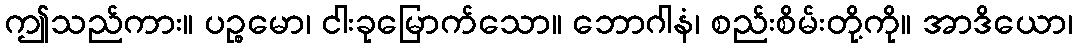
ဤသည်ကား။ ပဉ္စမော၊ ငါးခုမြောက်သော။ ဘောဂါနံ၊ စည်းစိမ်းတို့ကို။ အာဒိယော၊